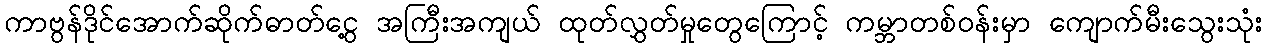
ကာဗွန်ဒိုင်အောက်ဆိုက်ဓာတ်ငွေ့ အကြီးအကျယ် ထုတ်လွှတ်မှုတွေကြောင့် ကမ္ဘာတစ်ဝန်းမှာ ကျောက်မီးသွေးသုံး